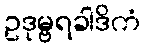
ဥဒုမ္ဗရခါဒိကံ